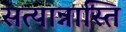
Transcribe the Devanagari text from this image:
सत्यान्नास्ति